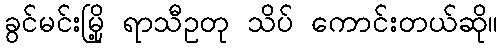
ခွင်မင်းမြို့ ရာသီဥတု သိပ် ကောင်းတယ်ဆို။